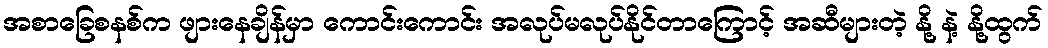
အစာခြေစနစ်က ဖျားနေချိန်မှာ ကောင်းကောင်း အလုပ်မလုပ်နိုင်တာကြောင့် အဆီများတဲ့ နို့ နဲ့ နို့ထွက်